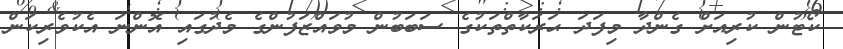
ކޯޓުން ކުރިއަށް ގެންދާ މިފަދަ ޙަރަކާތްތަކުގެ ސަބަބުން މުވައްޒަފުންގެ މެދުގައި އޮންނަ އެކުވެރިކަން